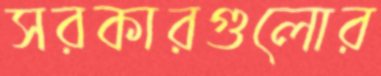
সরকারগুলোর